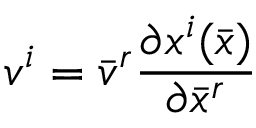
v ^ { i } = { \bar { v } } ^ { r } { \frac { \partial x ^ { i } ( { \bar { x } } ) } { \partial { \bar { x } } ^ { r } } }